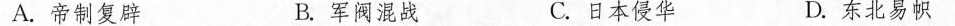
A.帝制复辟 B.军阀混战 C.日本侵华 D.东北易帜